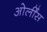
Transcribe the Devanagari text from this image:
ओर्लींस